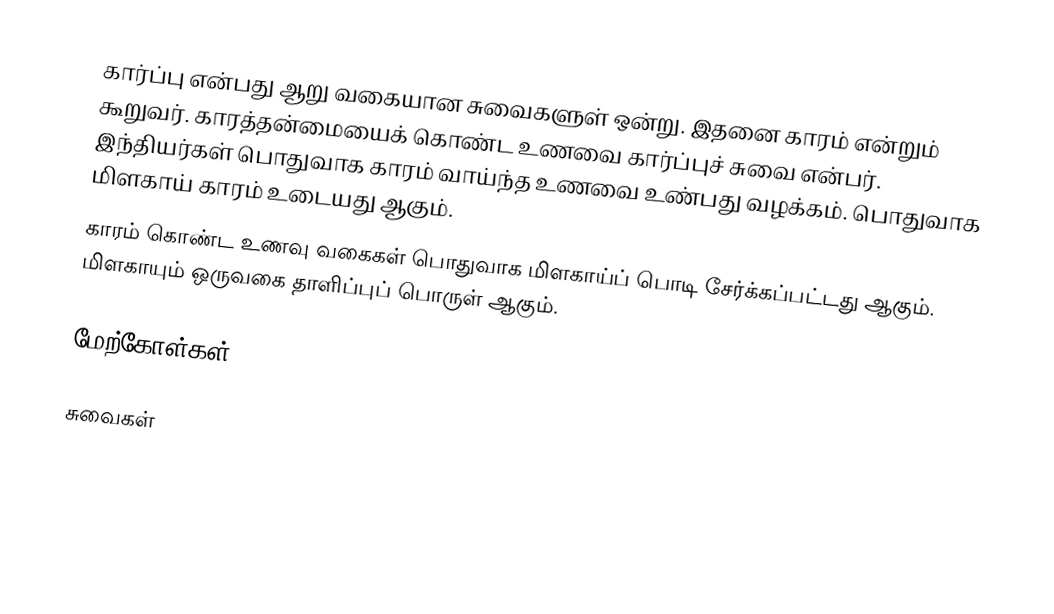
கார்ப்பு என்பது ஆறு வகையான சுவைகளுள் ஒன்று. இதனை காரம் என்றும் கூறுவர். காரத்தன்மையைக் கொண்ட உணவை கார்ப்புச் சுவை என்பர். இந்தியர்கள் பொதுவாக காரம் வாய்ந்த உணவை உண்பது வழக்கம். பொதுவாக மிளகாய் காரம் உடையது ஆகும்.
காரம் கொண்ட உணவு வகைகள் பொதுவாக மிளகாய்ப் பொடி சேர்க்கப்பட்டது ஆகும். மிளகாயும் ஒருவகை தாளிப்புப் பொருள் ஆகும்.

மேற்கோள்கள்

சுவைகள்